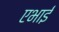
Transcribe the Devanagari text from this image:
एभाई